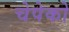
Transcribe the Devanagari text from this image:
चेपेको